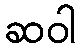
ဆဝါ